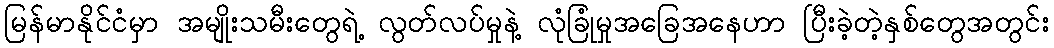
မြန်မာနိုင်ငံမှာ အမျိုးသမီးတွေရဲ့ လွတ်လပ်မှုနဲ့ လုံခြုံမှုအခြေအနေဟာ ပြီးခဲ့တဲ့နှစ်တွေအတွင်း